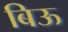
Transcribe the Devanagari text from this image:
बिऊ